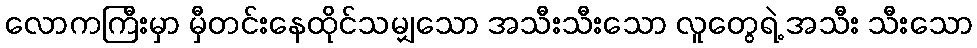
လောကကြီးမှာ မှီတင်းနေထိုင်သမျှသော အသီးသီးသော လူတွေရဲ့ အသီး သီးသော